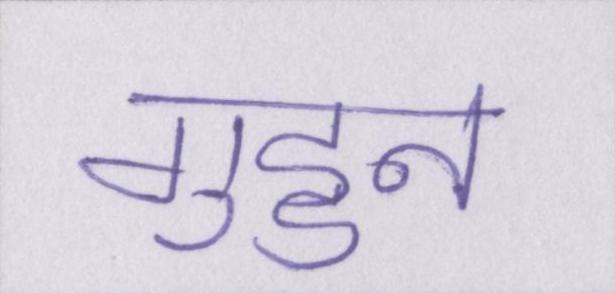
गुड्डन